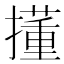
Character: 𫾍